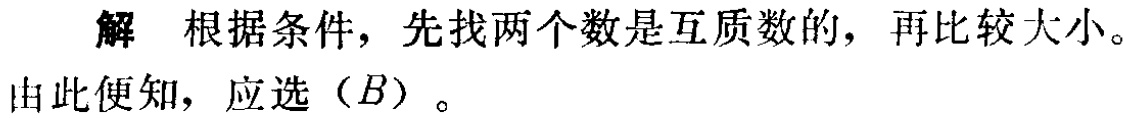
解 根据条件，先找两个数是互质数的，再比较大小。由此便知，应选（\(B\)）。